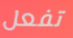
تفعل